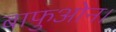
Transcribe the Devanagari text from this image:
बाफुओन।